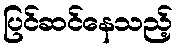
ပြင်ဆင်နေသည့်